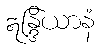
ဣန္ဒြိယာနံ